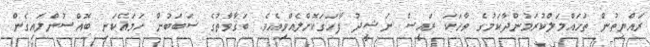
ރައްޔިތުން ތަހައްމަލްކުރަމުންދާކަމުގެ ވާހަކަ ރައީސް ނަޝީދު ފާހަގަކޮށްލެއްވިއެވެ. ބަޤާވާތުގެ ސަބަބުން ހަމައެކަނި ބޮއްސުންލައިގެން